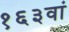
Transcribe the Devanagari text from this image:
१६३वां